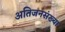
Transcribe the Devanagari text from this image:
अतिजनसंख्या